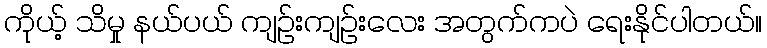
ကိုယ့် သိမှု နယ်ပယ် ကျဉ်းကျဉ်းလေး အတွက်ကပဲ ရေးနိုင်ပါတယ်။